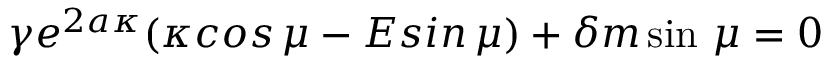
\gamma e ^ { 2 a \kappa } ( \kappa c o s \, \mu - E s i n \, \mu ) + \delta m \sin \, \mu = 0